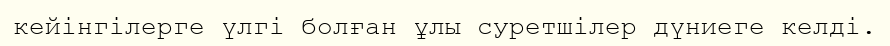
кейінгілерге үлгі болған ұлы суретшілер дүниеге келді.